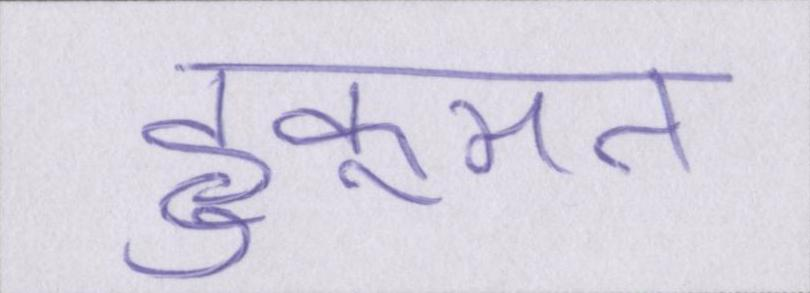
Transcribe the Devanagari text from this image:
हुकूमत